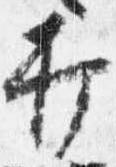
打